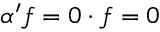
\alpha ^ { \prime } f = 0 \cdot f = 0